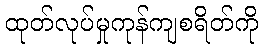
ထုတ်လုပ်မှုကုန်ကျစရိတ်ကို